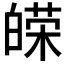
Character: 𤾔